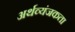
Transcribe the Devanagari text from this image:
अर्थव्यंजकता